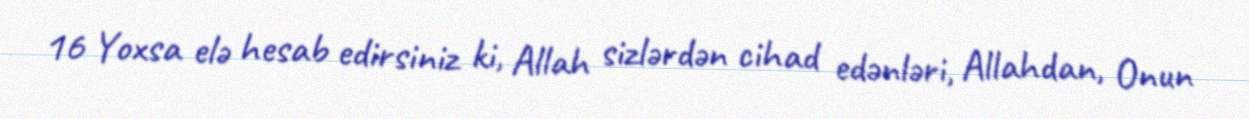
16 Yoxsa elə hesab edirsiniz ki, Allah sizlərdən cihad edənləri, Allahdan, Onun